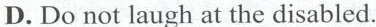
D. Do not laugh at the disabled.